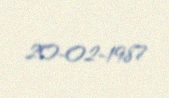
20-02-1987